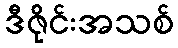
ဒီဇိုင်းအသစ်